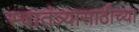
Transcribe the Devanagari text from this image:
स्वातंत्र्यासाठीच्या